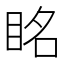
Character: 眳